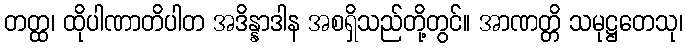
တတ္ထ၊ ထိုပါဏာတိပါတ အဒိန္နာဒါန အစရှိသည်တို့တွင်။ အာဏတ္တိ သမုဋ္ဌတေသု၊